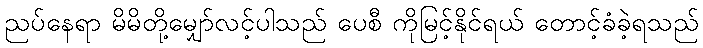
ညပ်နေရာ မိမိတို့မျှော်လင့်ပါသည် ပေစီ ကိုမြင့်နိုင်ရယ် တောင့်ခံခဲ့ရသည်